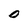
Character: O